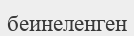
беинеленген